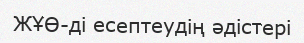
ЖҰӨ-ді есептеудің әдістері